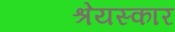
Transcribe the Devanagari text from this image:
श्रेयस्कार